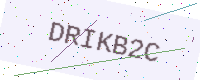
Text: DRIKB2C